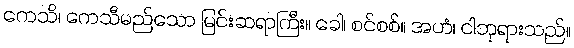
ကေသိ၊ ကေသီမည်သော မြင်းဆရာကြီး။ ခေါ၊ စင်စစ်။ အဟံ၊ ငါဘုရားသည်။